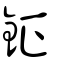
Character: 鉦